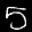
Label: 5